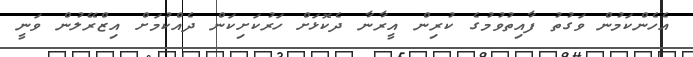
އެހެންކަމުން ވަގުތު ފާއިތުވުމުގެ ކުރިން އީރާނާ ދެކޮޅަށް ހަރުކަށިކަން ދެއްކުމަށް އިޒްރޭލުން ވަނީ